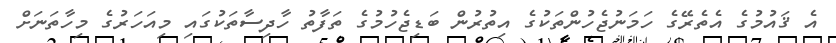
އެ ޤައުމުގެ އެތެރޭގެ ހަމަނުޖެހުންތަކުގެ އިތުރުން ބަޑިޖެހުމުގެ ތަފާތު ހާދިސާތަކުގައި މިއަހަރުގެ މިހާތަނަށް